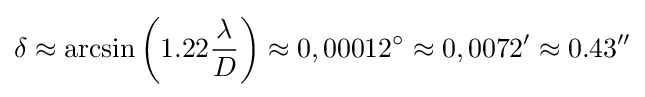
\delta \approx \arcsin {\left(1.22{\frac {\lambda }{D}}\right)}\approx {0,00012}^{\circ }\approx 0,0072'\approx 0.43''